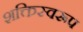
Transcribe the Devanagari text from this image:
शक्तिस्वरूप